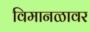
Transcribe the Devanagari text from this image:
विमानळावर